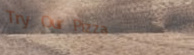
Try Our Pizza